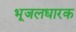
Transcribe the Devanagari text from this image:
भूजलधारक